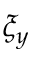
\xi _ { y }